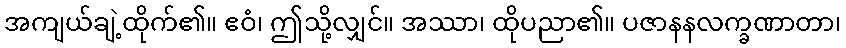
အကျယ်ချဲ့ထိုက်၏။ ဧဝံ၊ ဤသို့လျှင်။ အဿာ၊ ထိုပညာ၏။ ပဇာနနလက္ခဏာတာ၊